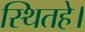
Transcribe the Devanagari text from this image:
स्थितहे।